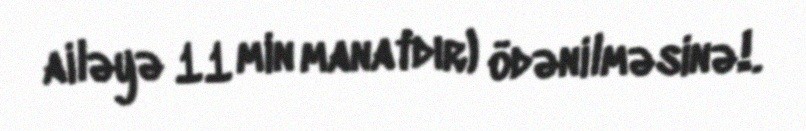
ailəyə 11 min manatdır) ödənilməsinə!.